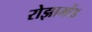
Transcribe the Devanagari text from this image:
रोझामोंड